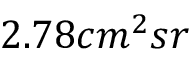
2 . 7 8 c m ^ { 2 } s r